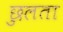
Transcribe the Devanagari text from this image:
छुलता